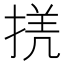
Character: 𢮲